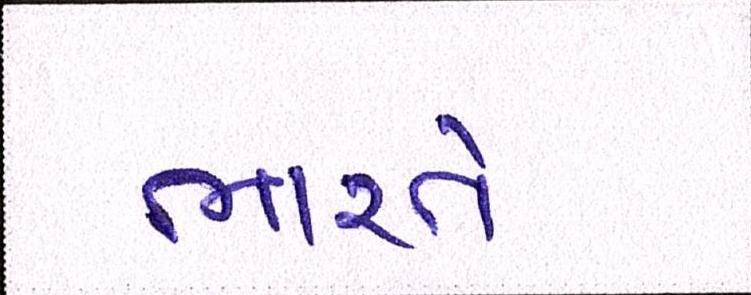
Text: ભારતે